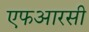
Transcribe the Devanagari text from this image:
एफआरसी